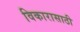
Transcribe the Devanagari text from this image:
विकारासाठी